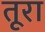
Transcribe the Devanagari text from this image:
तूरा